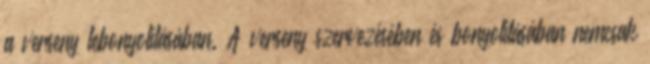
a verseny lebonyolításában. A verseny szervezésében és bonyolításában nemcsak